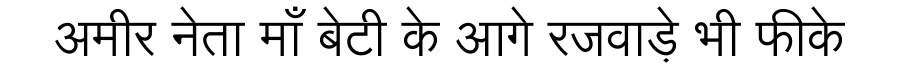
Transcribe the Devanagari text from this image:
अमीर नेता माँ बेटी के आगे रजवाड़े भी फीके